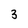
Character: 3